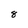
Character: 8